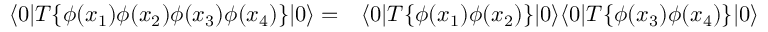
\begin{array} { r l } { \langle 0 | T \{ \phi ( x _ { 1 } ) \phi ( x _ { 2 } ) \phi ( x _ { 3 } ) \phi ( x _ { 4 } ) \} | 0 \rangle = } & { { } \langle 0 | T \{ \phi ( x _ { 1 } ) \phi ( x _ { 2 } ) \} | 0 \rangle \langle 0 | T \{ \phi ( x _ { 3 } ) \phi ( x _ { 4 } ) \} | 0 \rangle } \end{array}